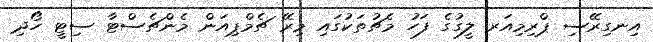
އިނގިރޭސި ޕްރިމިއަރ ލީގުގެ ފަހު މެޗުތަކުގައި މިރޭ ޗެމްޕިއަން މެންޗެސްޓާ ސިޓީ ހޯދި